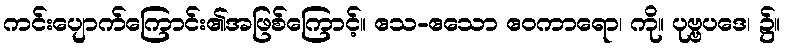
ကင်းပျောက်ကြောင်း၏အဖြစ်ကြောင့်။ ဧသ-ဧသော ဧဝကာရော၊ ကို။ ပုဗ္ဗပဒေ၊ ၌။